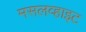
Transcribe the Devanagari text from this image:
मसलव्हाइट